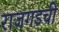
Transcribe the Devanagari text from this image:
राजगडची